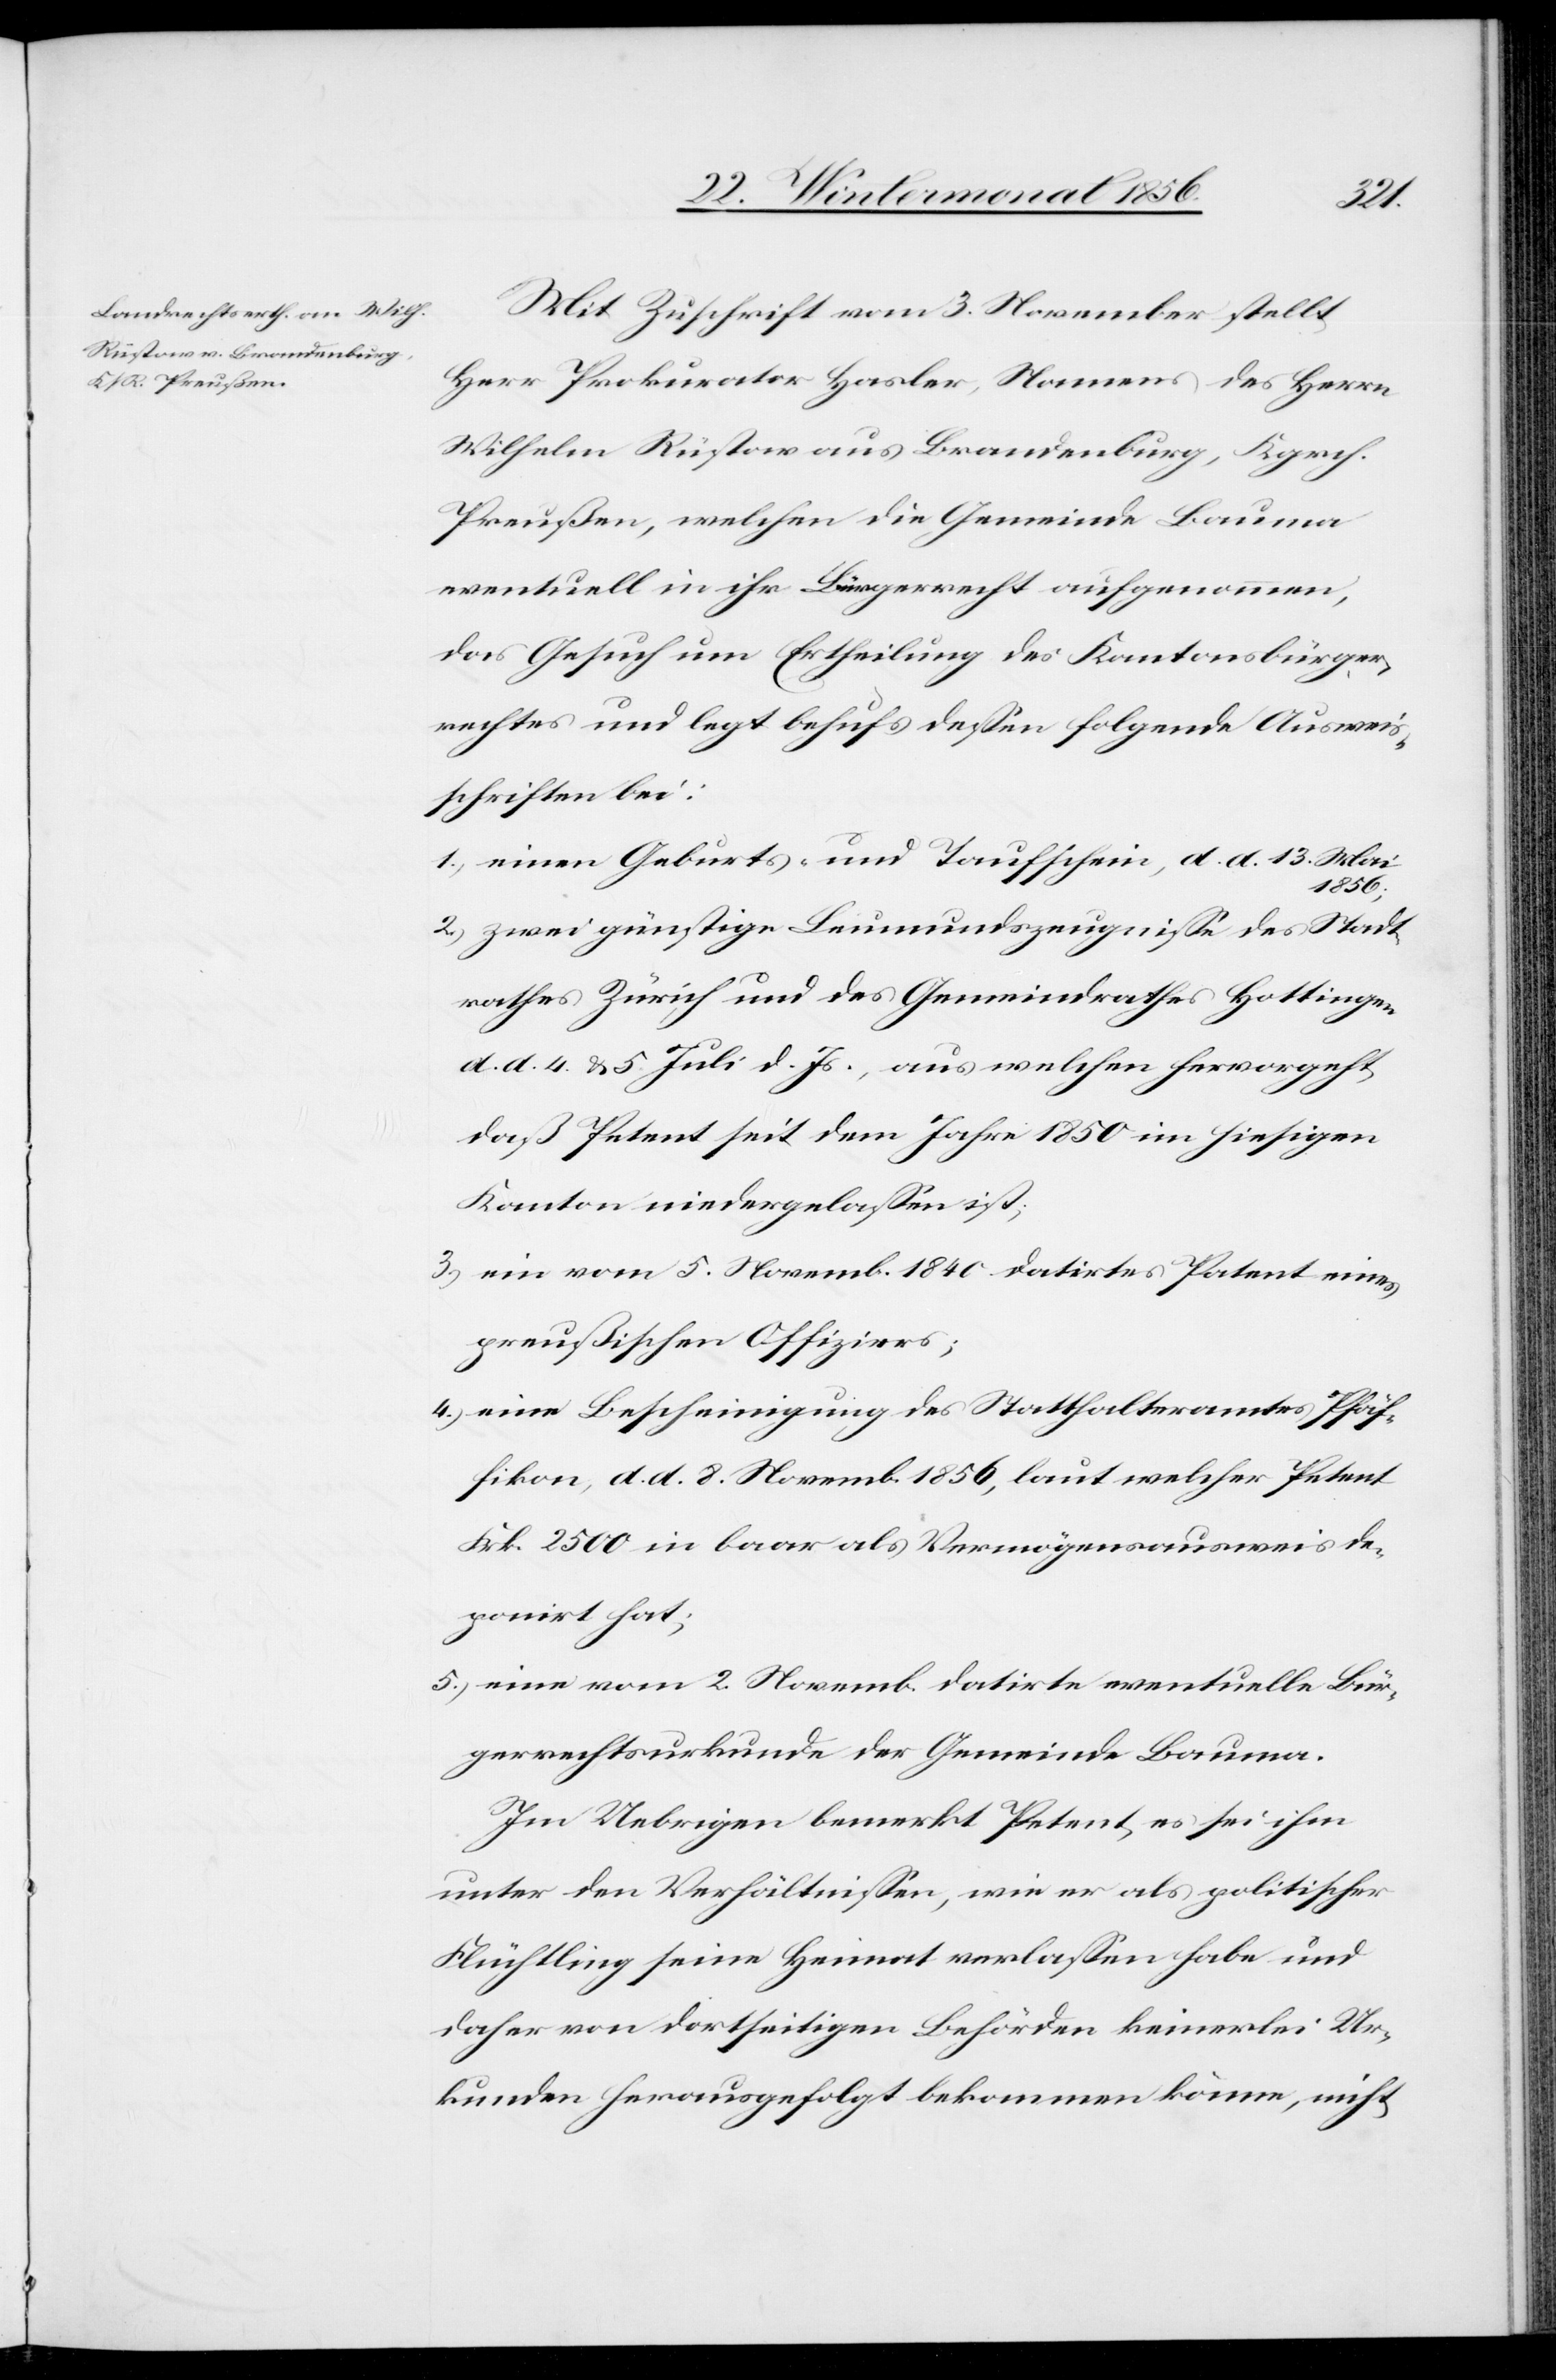
Mit Zuschrift vom 3. November stellt
Herr Prokurator Hasler, Namens des Herrn
Wilhelm Rüstow aus Brandenburg, Kgrch.
Preußen, welchen die Gemeinde Bauma
eventuell in ihr Bürgerrecht aufgenommen,
das Gesuch um Ertheilung des Kantonsbürger¬
rechtes und legt behufs dessen folgende Ausweis¬
schriften bei:
1.) einen Geburts- und Taufschein, d. d. 13. Mai
1856;
2.) zwei günstige Leumundszeugnisse des Stadt¬
rathes Zürich und des Gemeindrathes Hottingen
d. d. 4. & 5. Juli d. Js., aus welchen hervorgeht,
daß Petent seit dem Jahre 1850 im hiesigen
Kanton niedergelassen ist;
3.) ein vom 5. Novemb. 1840 datirtes Patent eines
preußischen Offiziers;
4.) eine Bescheinigung des Statthalteramtes Pfäf¬
fikon, d. d. 8. November 1856, laut welcher Petent
Frk. 2500 in baar als Vermögensausweis de¬
ponirt hat;
5.) eine vom 2. Novemb. datirte eventuelle Bür¬
gerrechtsurkunde der Gemeinde Bauma.
Im Uebrigen bemerkt Petent, es sei ihm
unter den Verhältnissen, wie er als politischer
Flüchtling seine Heimat verlassen habe und
daher von dortseitigen Behörden keinerlei Ur¬
kunden herausgefolgt bekommen könne, nicht